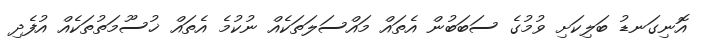
އޮނިގަނޑު ބަލިކަށި ވުމުގެ ސަބަބުން އެތައް މައްސަލަތަކެއް ނުކުމެ އެތައް ޚުސޫމަތުތަކެއް އުފެދި